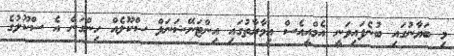
މި ބަޔާނުގައި ބުނެފައިވަނީ އެމްއީއެސް އިމާރާތުގައި އިންޓަނޭޝަނަލް ސްކޫލެއް ހިންގަން އެ ސްކޫލުގެ